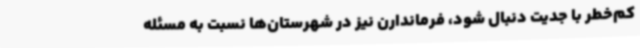
کم‌خطر با جدیت دنبال شود، فرماندارن نیز در شهرستان‌ها نسبت به مسئله